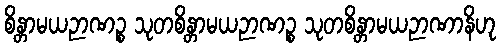
စိန္တာမယဉာဏဉ္စ သုတစိန္တာမယဉာဏဉ္စ သုတစိန္တာမယဉာဏာနိဟု